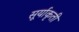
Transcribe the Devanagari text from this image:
सूर्याकृती